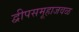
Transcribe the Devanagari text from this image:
द्वीपसमूहाजवळ